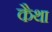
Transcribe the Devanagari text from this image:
कैथा